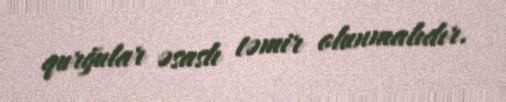
qurğular əsaslı təmir olunmalıdır.